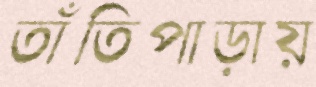
তাঁতিপাড়ায়